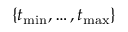
\{ t _ { \operatorname* { m i n } } , \dots , t _ { \operatorname* { m a x } } \}